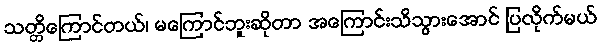
သတ္တိကြောင်တယ်၊ မကြောင်ဘူးဆိုတာ အကြောင်းသိသွားအောင် ပြလိုက်မယ်